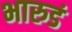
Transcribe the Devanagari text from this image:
भारुडं